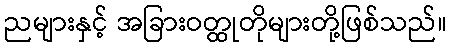
ညများနှင့် အခြားဝတ္ထုတိုများတို့ဖြစ်သည်။